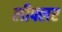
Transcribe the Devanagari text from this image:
लीफ्लर